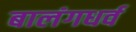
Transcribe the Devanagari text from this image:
बालंगधर्व